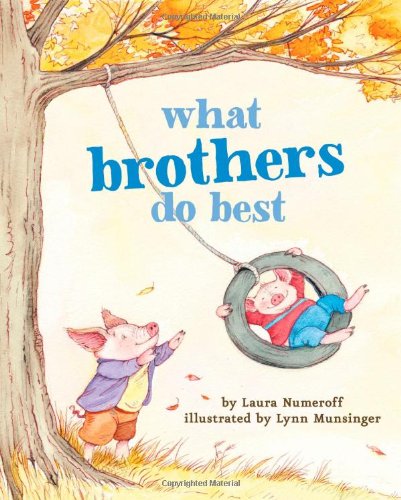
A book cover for What Brothers Do Best; Laura Numeroff; Children's Books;